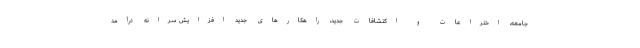
جامعه، اختراعات و اکتشافات جدید، راهکارهای جدید افزایش سرانه درآمد